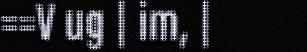
==V ug | im, |